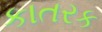
કાતરક